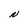
Character: N